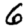
Digit: 6